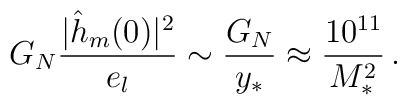
G_N{|\hat{h}_m(0)|^2 \over e_l} \sim {G_N \over y_*} \approx {10^{11} \over M_*^2}\,.